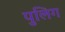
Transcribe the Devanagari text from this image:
पुलिग